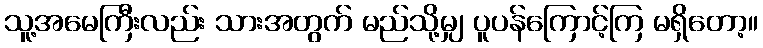
သူ့အမေကြီးလည်း သားအတွက် မည်သို့မျှ ပူပန်ကြောင့်ကြ မရှိတော့။